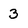
Character: 3